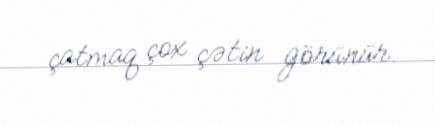
çatmaq çox çətin görünür.